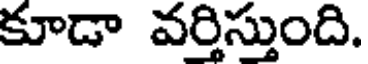
కూడా వర్తిస్తుంది.